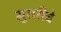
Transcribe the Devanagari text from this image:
मुरारीचे